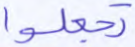
تجعلوا